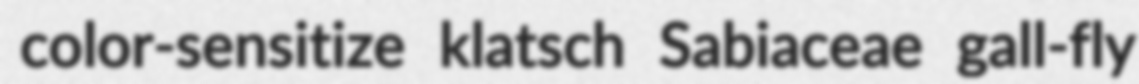
color-sensitize klatsch Sabiaceae gall-fly